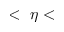
< ~ \eta <